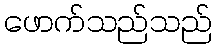
ဖောက်သည်သည်